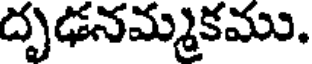
దృఢనమ్మకము.